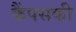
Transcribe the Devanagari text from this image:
कैंपसकी